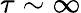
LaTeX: \tau\sim\infty